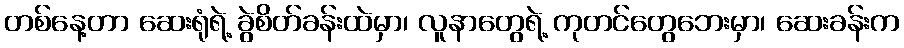
တစ်နေ့တာ ဆေးရုံရဲ့ ခွဲစိတ်ခန်းထဲမှာ၊ လူနာတွေရဲ့ ကုတင်တွေဘေးမှာ၊ ဆေးခန်းက